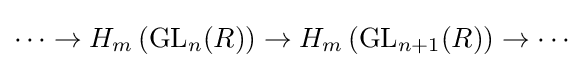
\dots \to H_{m}\left(\mathrm {GL} _{n}(R)\right)\to H_{m}\left(\mathrm {GL} _{n+1}(R)\right)\to \cdots